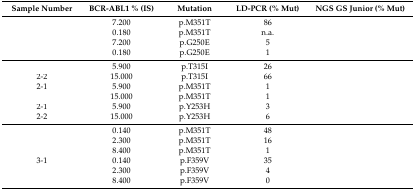
<table><thead><tr><td><b>Sample Number</b></td><td><b>BCR-ABL1 % (IS)</b></td><td><b>Mutation</b></td><td><b>LD-PCR (% Mut)</b></td><td><b>NGS GS Junior (% Mut)</b></td></tr></thead><tbody><tr><td>[EMPTY_CELL]</td><td>7.200</td><td>p.M351T</td><td>86</td><td>[EMPTY_CELL]</td></tr><tr><td>[EMPTY_CELL]</td><td>0.180</td><td>p.M351T</td><td>n.a.</td><td>[EMPTY_CELL]</td></tr><tr><td>[EMPTY_CELL]</td><td>7.200</td><td>p.G250E</td><td>5</td><td>[EMPTY_CELL]</td></tr><tr><td>[EMPTY_CELL]</td><td>0.180</td><td>p.G250E</td><td>1</td><td>[EMPTY_CELL]</td></tr><tr><td>[EMPTY_CELL]</td><td>5.900</td><td>p.T315I</td><td>26</td><td>[EMPTY_CELL]</td></tr><tr><td>2-2</td><td>15.000</td><td>p.T315I</td><td>66</td><td>[EMPTY_CELL]</td></tr><tr><td>2-1</td><td>5.900</td><td>p.M351T</td><td>1</td><td>[EMPTY_CELL]</td></tr><tr><td>[EMPTY_CELL]</td><td>15.000</td><td>p.M351T</td><td>1</td><td>[EMPTY_CELL]</td></tr><tr><td>2-1</td><td>5.900</td><td>p.Y253H</td><td>3</td><td>[EMPTY_CELL]</td></tr><tr><td>2-2</td><td>15.000</td><td>p.Y253H</td><td>6</td><td>[EMPTY_CELL]</td></tr><tr><td>[EMPTY_CELL]</td><td>0.140</td><td>p.M351T</td><td>48</td><td>[EMPTY_CELL]</td></tr><tr><td>[EMPTY_CELL]</td><td>2.300</td><td>p.M351T</td><td>16</td><td>[EMPTY_CELL]</td></tr><tr><td>[EMPTY_CELL]</td><td>8.400</td><td>p.M351T</td><td>1</td><td>[EMPTY_CELL]</td></tr><tr><td>3-1</td><td>0.140</td><td>p.F359V</td><td>35</td><td>[EMPTY_CELL]</td></tr><tr><td>[EMPTY_CELL]</td><td>2.300</td><td>p.F359V</td><td>4</td><td>[EMPTY_CELL]</td></tr><tr><td>[EMPTY_CELL]</td><td>8.400</td><td>p.F359V</td><td>0</td><td>[EMPTY_CELL]</td></tr></tbody></table>